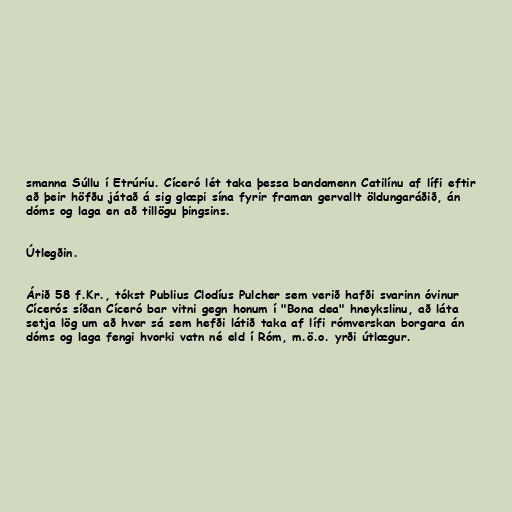
smanna Súllu í Etrúríu. Cíceró lét taka þessa bandamenn Catilínu af lífi eftir
að þeir höfðu játað á sig glæpi sína fyrir framan gervallt öldungaráðið, án
dóms og laga en að tillögu þingsins.

Útlegðin.

Árið 58 f.Kr., tókst Publius Clodíus Pulcher sem verið hafði svarinn óvinur
Cícerós síðan Cíceró bar vitni gegn honum í "Bona dea" hneykslinu, að láta
setja lög um að hver sá sem hefði látið taka af lífi rómverskan borgara án
dóms og laga fengi hvorki vatn né eld í Róm, m.ö.o. yrði útlægur.